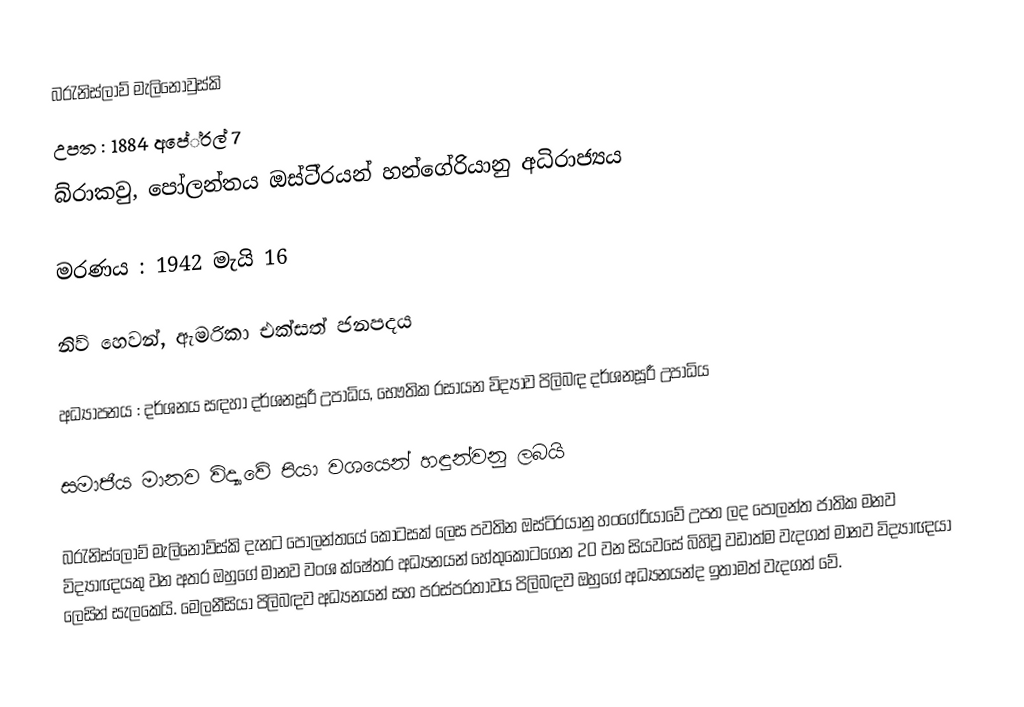
බ‍්‍රැනිස්ලාව් මැලිනොවුස්කි
උපත 		: 1884 අපේ‍්‍රල් 7
         		බ්රාකවු, පෝලන්තය ඔස්ටි‍්‍රයන් හන්ගේරියානු අධිරාජ්‍යය

මරණය 	: 1942 මැයි 16

          		නිව් හෙවන්, ඇමරිකා එක්සත් ජනපදය

අධ්‍යාපනය 	: දර්ශනය සඳහා දර්ශනසූරී උපාධිය, භෞතික රසායන විද්‍යාව පිලිබඳ දර්ශනසූරී උපාධිය

සමාජීය මානව විද්‍යාවේ පියා වශයෙන් හඳුන්වනු ලබයි

බ‍්‍රැනිස්ලොව් මැලිනොව්ස්කි දැනට පෝලන්තයේ කොටසක් ලෙස පවතින ඔස්ටි‍්‍රයානු හංගේරියාවේ උපත ලද පෝලන්ත ජාතික මනව විද්‍යාඥයකු වන අතර ඔහුගේ මානව වංශ ක්ෂේත‍්‍ර අධ්‍යනයන් හේතුකොටගෙන 20 වන සියවසේ බිහිවූ වඩාත්ම වැදගත් මානව විද්‍යාඥයා ලෙසින් සැලකෙයි. මෙලනීසියා පිලිබඳව අධ්‍යනයන් සහ පරස්පරතාවය පිලිබඳව ඔහුගේ අධ්‍යනයන්ද ඉතාමත් වැදගත් වේ.